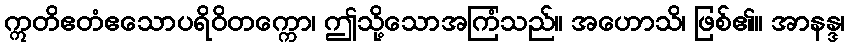
ဣတိဧတံဧသောပရိဝိတက္ကော၊ ဤသို့သောအကြံသည်။ အဟောသိ၊ ဖြစ်၏။ အာနန္ဒ၊